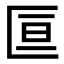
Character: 𫧑